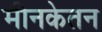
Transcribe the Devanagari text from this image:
मीनकेतन